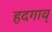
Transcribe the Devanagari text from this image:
हदगाव्